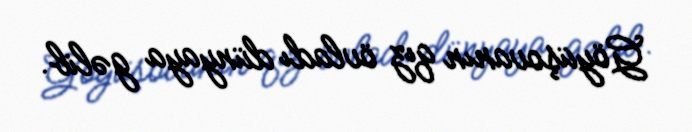
Göyüşovanın qız övladı dünyaya gəlib.